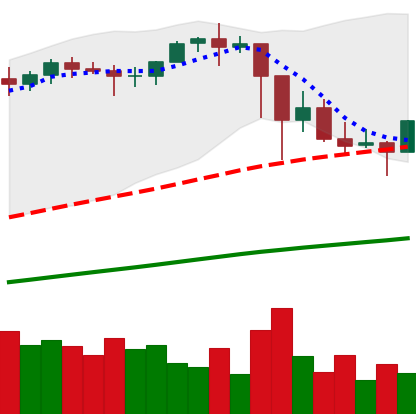
Ticker: ETH-USD
Chart end date: 2021-03-01
Forward return: 5.754%
Label: up_5_7